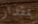
بمقدار